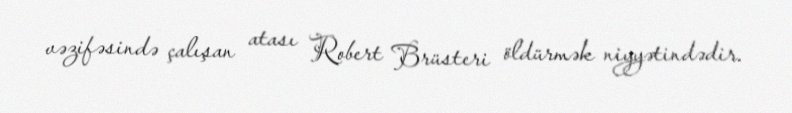
vəzifəsində çalışan atası Robert Brüsteri öldürmək niyyətindədir.